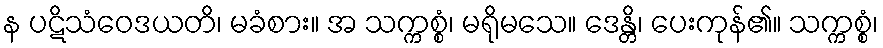
န ပဋိသံဝေဒယတိ၊ မခံစား။ အ သက္ကစ္စံ၊ မရိုမသေ။ ဒေန္တိ၊ ပေးကုန်၏။ သက္ကစ္စံ၊